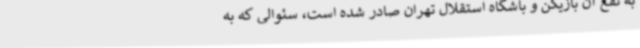
به نفع آن بازیکن و باشگاه استقلال تهران صادر شده است، سئوالی که به